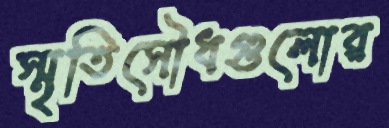
স্মৃতিসৌধগুলোর